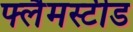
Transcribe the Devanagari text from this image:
फ्लैमस्टीड